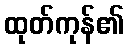
ထုတ်ကုန်၏